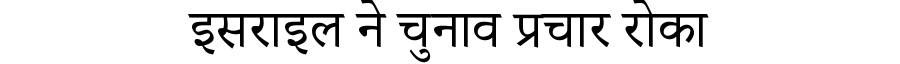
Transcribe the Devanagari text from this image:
इसराइल ने चुनाव प्रचार रोका